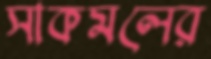
সাকমলের